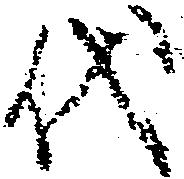
代